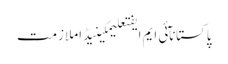
پاکستانآئی ایم ایفتعلیمکینیڈاملازمت